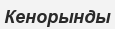
Кенорынды